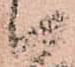
い